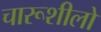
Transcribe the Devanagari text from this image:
चारूशीलो